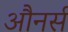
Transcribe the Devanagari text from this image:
औनर्स